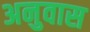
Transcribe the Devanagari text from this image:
अनुवास